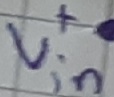
Text: Vin